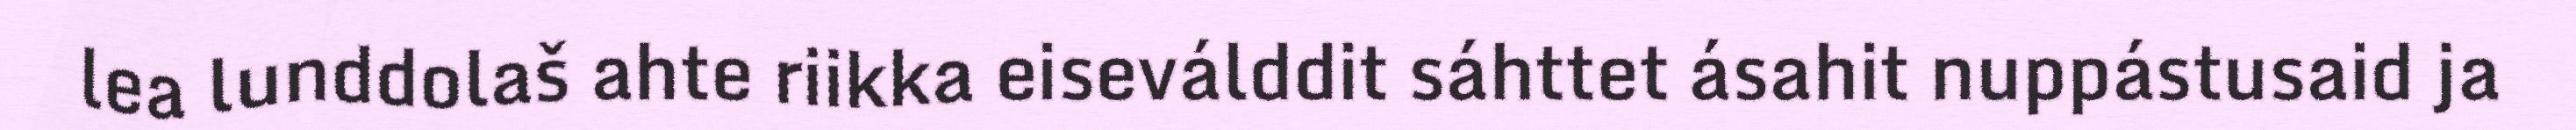
lea lunddolaš ahte riikka eiseválddit sáhttet ásahit nuppástusaid ja